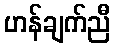
ဟန်ချက်ညီ